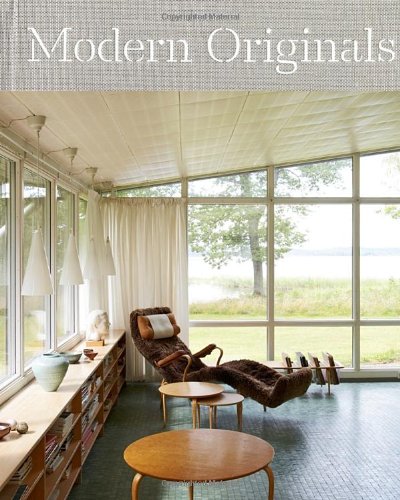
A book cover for Modern Originals: At Home with MidCentury European Designers; Leslie Williamson; Arts & Photography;